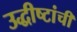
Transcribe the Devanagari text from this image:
उद्धीष्टांची